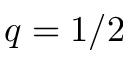
q = 1 / 2